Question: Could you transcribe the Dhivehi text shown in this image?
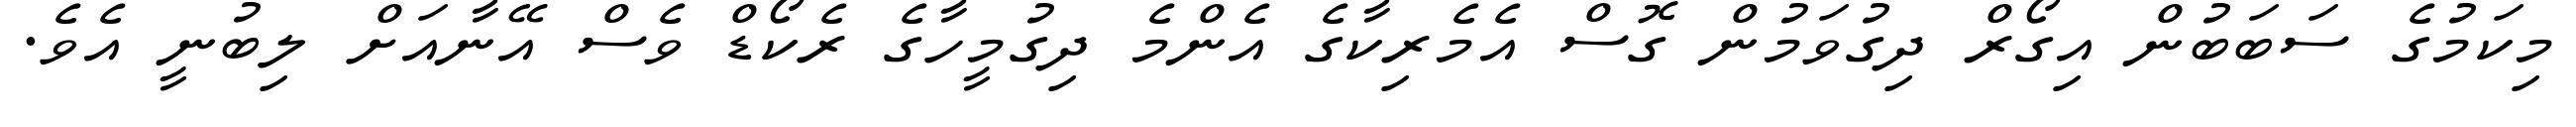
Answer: މިކަމުގެ ސަބަބުން އިގޯރް ދިގުވަމުން ގޮސް އެމެރިކާގެ އެންމެ ދިގުމީހާގެ ރެކޯޑް ވެސް އޭނާއަށް ލިބުނީ އެވެ.